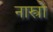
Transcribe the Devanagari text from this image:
नास्त्रो